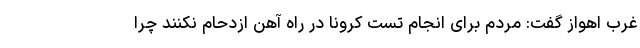
غرب اهواز گفت: مردم برای انجام تست کرونا در راه آهن ازدحام نکنند چرا